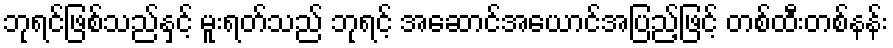
ဘုရင်ဖြစ်သည်နှင့် မူးရတ်သည် ဘုရင့် အဆောင်အယောင်အပြည့်ဖြင့် တစ်ထီးတစ်နန်း